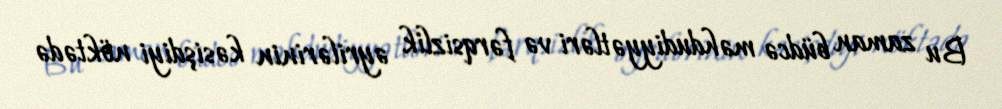
Bu zaman büdcə məhdudiyyətləri və fərqsizlik əyrilərinin kəsişdiyi nöktədə